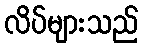
လိပ်များသည်